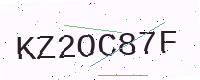
Text: KZ2OC87F